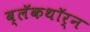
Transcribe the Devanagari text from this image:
ब्लॅकथॉर्न